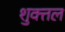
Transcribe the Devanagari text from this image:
शुक्तल